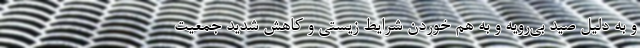
و به دلیل صید بی‌رویه و به هم خوردن شرایط زیستی و کاهش شدید جمعیت